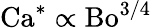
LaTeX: \mathrm{Ca}^{*}\propto\mathrm{Bo}^{3/4}